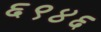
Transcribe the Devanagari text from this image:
६९४६